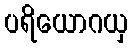
ပရိယောဂယှ